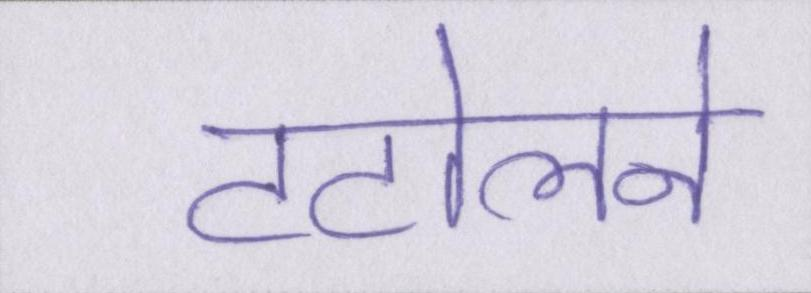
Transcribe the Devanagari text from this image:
टटोलने